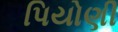
પિયોણી